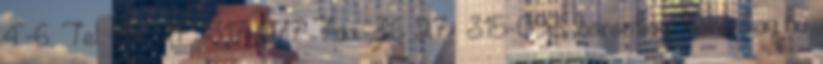
4-6. Tel.: 36 27 317-077 Fax: 36 27 315-093 boronkay boronkay.hu